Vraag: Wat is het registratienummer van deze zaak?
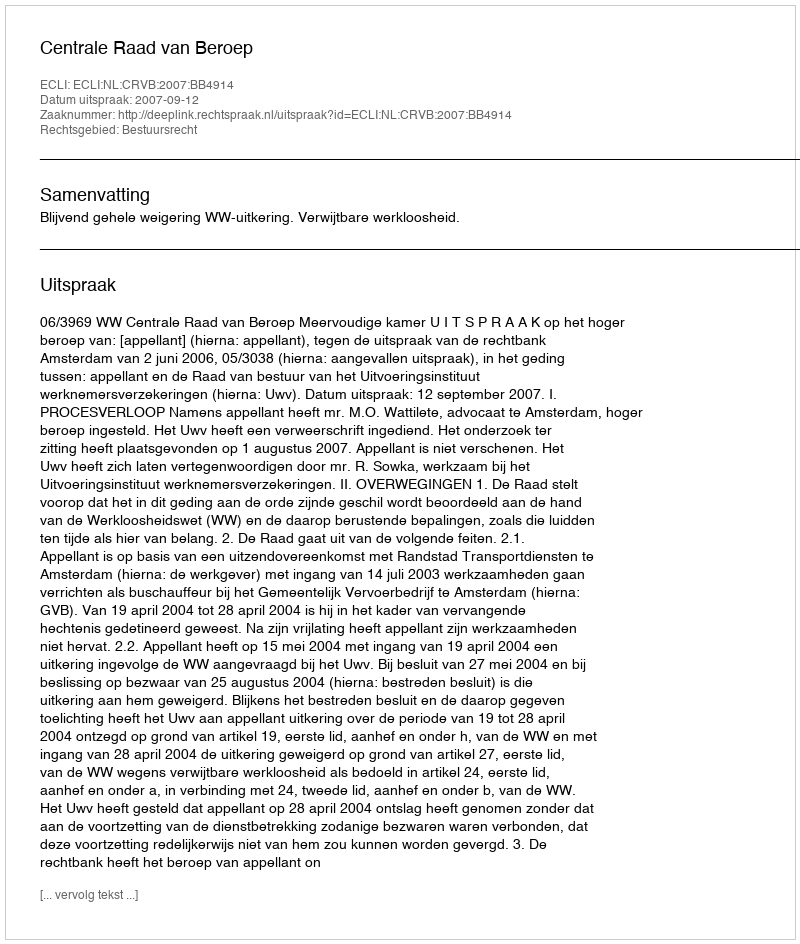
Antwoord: http://deeplink.rechtspraak.nl/uitspraak?id=ECLI:NL:CRVB:2007:BB4914